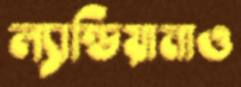
ল্যান্ডিয়ানাও